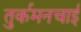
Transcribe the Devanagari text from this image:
तुर्कमनचाई